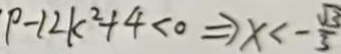
P - 1 2 k ^ { 2 } + 4 < 0 \Rightarrow x < - \frac { \sqrt { 3 } } { 3 }